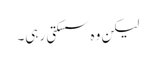
لیکن وہ سسکتی رہی۔